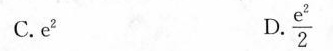
C.e^{2} D.\frac{e^{2}}{2}